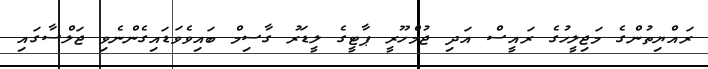
ރައްޔިތުންގެ މަޖިލީހުގެ ރައީސް އަދި ޖުމްހޫރީ ޕާޓީގެ ލީޑަރު ގާސިމް ބައިވެވަޑައިގެންނެވި ޖަލްސާގައި